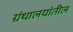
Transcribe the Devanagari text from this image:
ग्रंथालयांतील